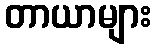
တာယာများ